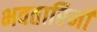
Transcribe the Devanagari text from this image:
भवतारिनी